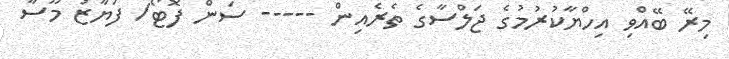
މިރޭ ބޭއްވި އިހްޔާކުރުމުގެ ޖަލްސާގެ ތެރެއިން ----- ސަން ފޮޓޯ/ ފަޔާޒު މޫސާ